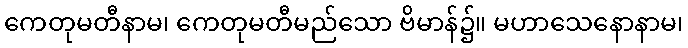
ကေတုမတီနာမ၊ ကေတုမတီမည်သော ဗိမာန်၌။ မဟာသေနောနာမ၊